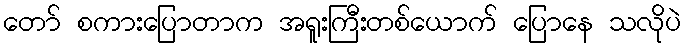
တော် စကားပြောတာက အရူးကြီးတစ်ယောက် ပြောနေ သလိုပဲ